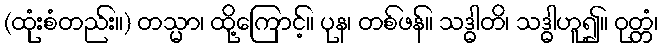
(ထုံးစံတည်း။) တသ္မာ၊ ထို့ကြောင့်။ ပုန၊ တစ်ဖန်။ သဒ္ဓါတိ၊ သဒ္ဓါဟူ၍။ ဝုတ္တံ၊